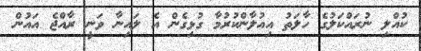
ކުއްލި ނުރައްކަލުގެ ހާލަތު އިއުލާންކުރުމާ ގުޅިގެން އެ ލައިނާ ވަނީ ރާއްޖެ އައުން